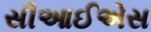
સીઆઈએસ